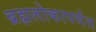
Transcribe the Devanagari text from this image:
ब्रह्मलोकापर्यंत